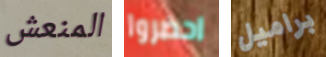
المنعش احضروا براميل